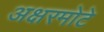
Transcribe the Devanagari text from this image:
अक्षरमोटे